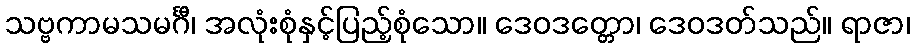
သဗ္ဗကာမသမင်္ဂီ၊ အလုံးစုံနှင့်ပြည့်စုံသော။ ဒေဝဒတ္တော၊ ဒေဝဒတ်သည်။ ရာဇာ၊